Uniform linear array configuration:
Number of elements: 16
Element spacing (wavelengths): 0.5
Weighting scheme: binomial
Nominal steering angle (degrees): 15
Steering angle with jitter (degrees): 13.627
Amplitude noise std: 0.05
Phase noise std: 0.05

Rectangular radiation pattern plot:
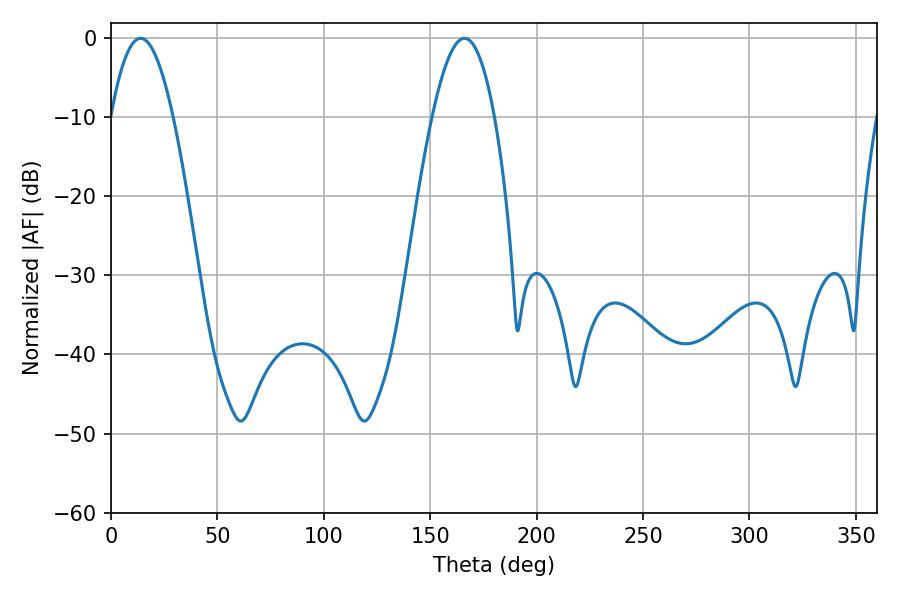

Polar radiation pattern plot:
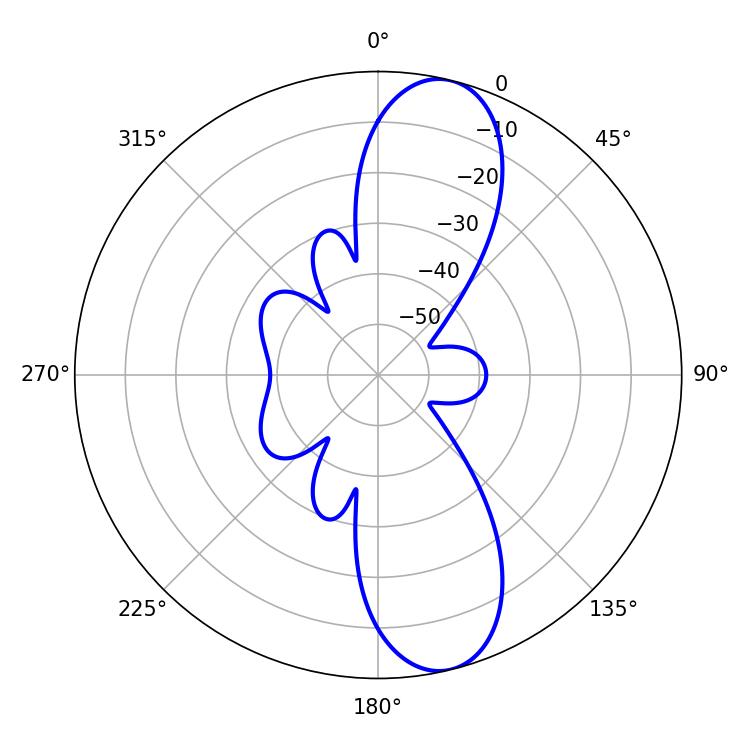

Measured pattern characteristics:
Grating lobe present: FALSE
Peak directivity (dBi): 11.345
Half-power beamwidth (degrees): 16.02
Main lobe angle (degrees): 13.86